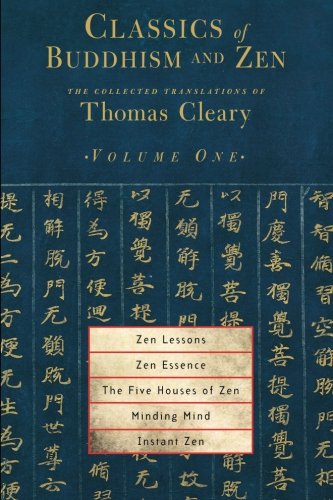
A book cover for Classics of Buddhism and Zen, Volume 1: The Collected Translations of Thomas Cleary; Thomas Cleary; Religion & Spirituality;